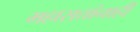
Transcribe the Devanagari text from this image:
महासत्तांनाही